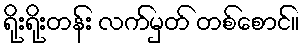
ရိုးရိုးတန်း လက်မှတ် တစ်စောင်။